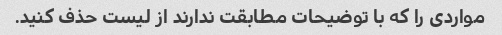
مواردی را که با توضیحات مطابقت ندارند از لیست حذف کنید.